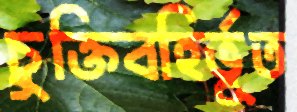
চুক্তিবহির্ভূত